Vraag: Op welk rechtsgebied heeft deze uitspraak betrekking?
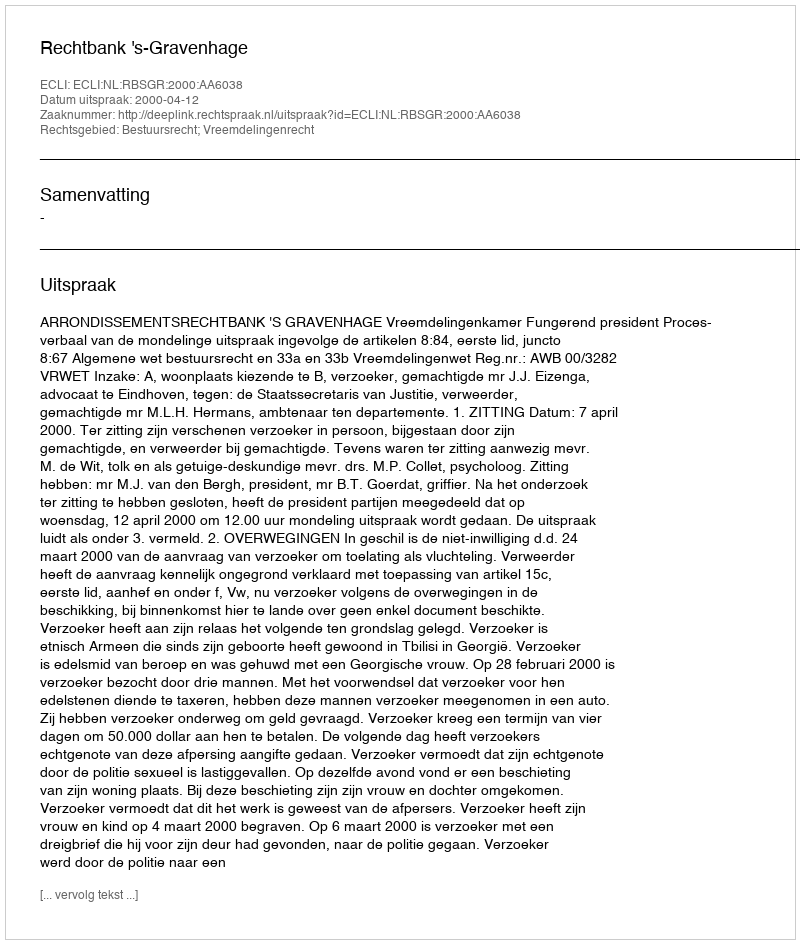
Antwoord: Bestuursrecht; Vreemdelingenrecht